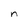
Character: n